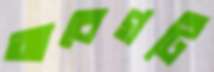
আবেগটি